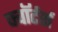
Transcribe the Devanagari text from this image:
क्वॉर्टर्स